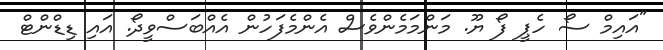
"އައިމް ސޯ ހެޕީ ފޯ ޔޫ. މަންމަމެންވެސް އެންމެފަހުން އެއްބަސްވީދޯ. އައި ޑިޑްންޓް